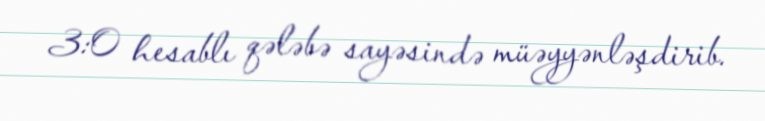
3:0 hesablı qələbə sayəsində müəyyənləşdirib.